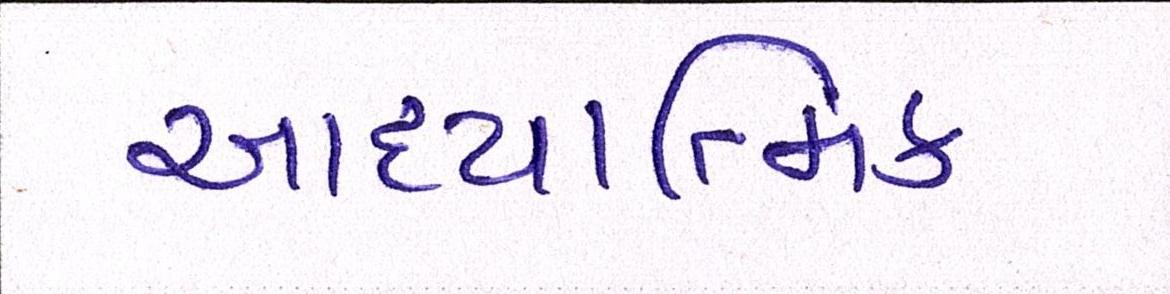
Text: આધ્યાત્મિક